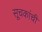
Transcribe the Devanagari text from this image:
सूचकांची